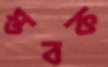
স্তবক